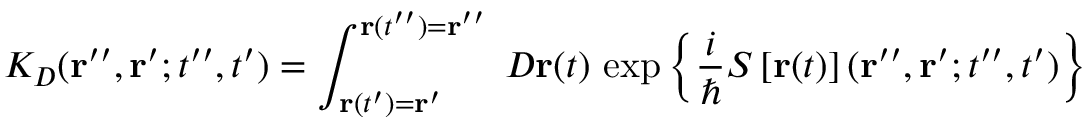
K _ { D } ( { \bf r } ^ { \prime \prime } , { \bf r } ^ { \prime } ; t ^ { \prime \prime } , t ^ { \prime } ) = \int _ { { \bf r } ( t ^ { \prime } ) = { \bf r } ^ { \prime } } ^ { { \bf r } ( t ^ { \prime \prime } ) = { \bf r } ^ { \prime \prime } } \; { \cal D } { \bf r } ( t ) \, \exp \left\{ \frac { i } { \hbar } S \left[ { \bf r } ( t ) \right] ( { \bf r } ^ { \prime \prime } , { \bf r } ^ { \prime } ; t ^ { \prime \prime } , t ^ { \prime } ) \right\} \;